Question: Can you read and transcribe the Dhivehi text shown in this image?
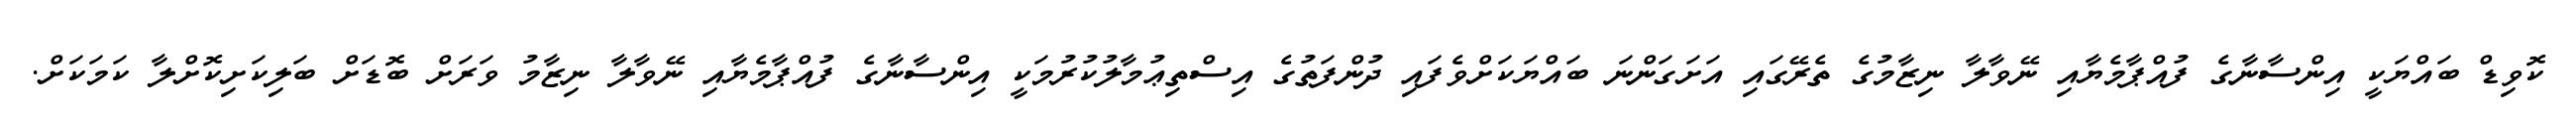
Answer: ކޮވިޑް ބައްޔަކީ އިންސާނާގެ ފުއްޕާމެޔާއި ނޭވާލާ ނިޒާމުގެ ތެރޭގައި އަށަގަންނަ ބައްޔަކަށްވެފައި ދުންފަތުގެ އިސްތިޢުމާލުކުރުމަކީ އިންސާނާގެ ފުއްޕާމެޔާއި ނޭވާލާ ނިޒާމު ވަރަށް ބޮޑަށް ބަލިކަށިކޮށްލާ ކަމަކަށް.